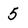
Character: 5